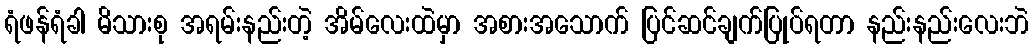
ရံဖန်ရံခါ မိသားစု အရမ်းနည်းတဲ့ အိမ်လေးထဲမှာ အစားအသောက် ပြင်ဆင်ချက်ပြုပ်ရတာ နည်းနည်းလေးဘဲ